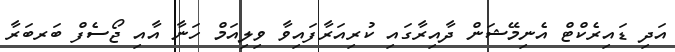
އަދި ޑައިރެކްޓް އެނިމޭޝަން ދާއިރާގައި ކުރިއަރާފައިވާ ވިލިއަމް ހަނާ އާއި ޖޯސެފް ބަރބަރާ